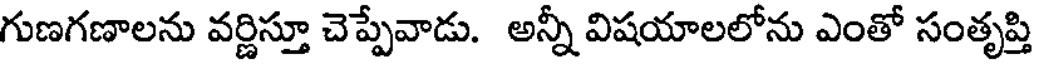
గుణగణాలను వర్ణిస్తూ చెప్పేవాడు. అన్నీ విషయాలలోను ఎంతో సంతృప్తి